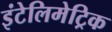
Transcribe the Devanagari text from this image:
इंटेलिमेट्रिक